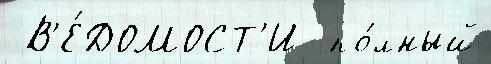
 В'Е́ДОМОСТ'И  по́лный